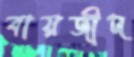
বায়জীদ